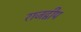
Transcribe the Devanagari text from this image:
राजद्वीप